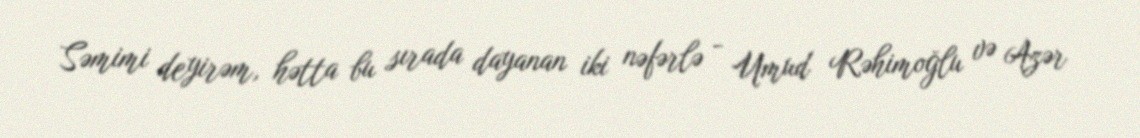
Səmimi deyirəm, hətta bu sırada dayanan iki nəfərlə - Umud Rəhimoğlu və Azər